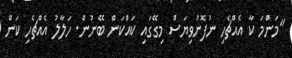
"މަންމަ ކާ އެއްޗެހި ނުފޮނުވިޔަސް މިގޭގައި ކައްކަން ބޭނުން. ހަލާލު އެއްޗެހި ކަން